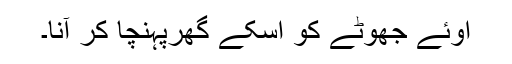
اوئے جھوٹے کو اسکے گھرپہنچا کر آنا۔